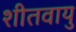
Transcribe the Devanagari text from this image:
शीतवायु